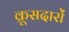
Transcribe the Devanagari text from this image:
क्रूसदारों